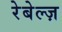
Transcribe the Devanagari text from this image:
रेबेल्ज़